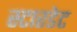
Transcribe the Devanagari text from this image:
स्टारडेट